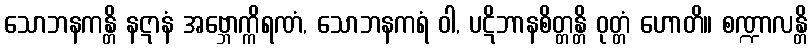
သောဘနကန္တိ နဋာနံ အဗ္ဘောက္ကိရဏံ, သောဘနကရံ ဝါ, ပဋိဘာနစိတ္တန္တိ ဝုတ္တံ ဟောတိ။ စဏ္ဍာလန္တိ